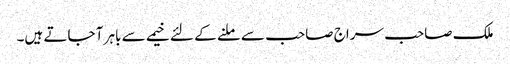
ملک صاحب سراج صاحب سے ملنے کے لئے خیمے سے باہر آ جاتے ہیں۔